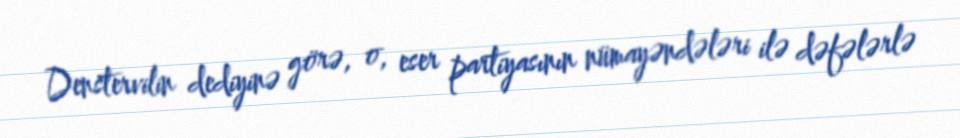
Denstervilin dediyinə görə, o, eser partiyasının nümayəndələri ilə dəfələrlə